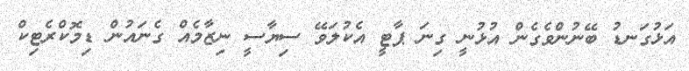
އަޅުގަނޑު ބޭނުންވެގެން އުޅުނީ ގިނަ ޕާޓީ އެކުލަވޭ ސިޔާސީ ނިޒާމެއް ގެނައުން ޑިމޮކްރެޓިކް